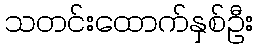
သတင်းထောက်နှစ်ဦး